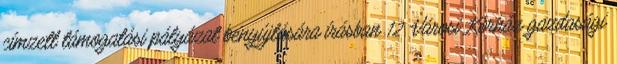
címzett támogatási pályázat benyújtására írásban 12. Városi Kórház gazdasági